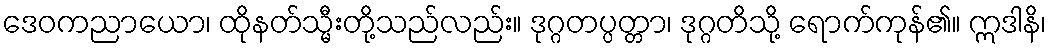
ဒေဝကညာယော၊ ထိုနတ်သ္မီးတို့သည်လည်း။ ဒုဂ္ဂတပ္ပတ္တာ၊ ဒုဂ္ဂတိသို့ ရောက်ကုန်၏။ ဣဒါနိ၊